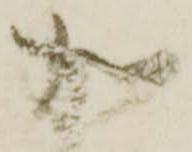
加